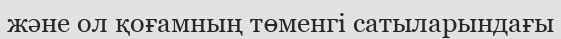
және ол қоғамның төменгі сатыларындағы